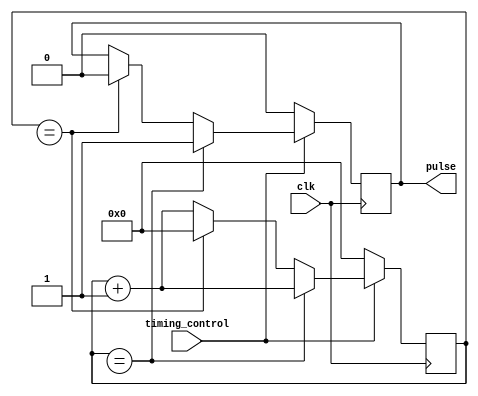
module SyncPulseGenerator (
    input clk,
    input timing_control,
    output reg pulse
);

reg [31:0] counter;

always @(posedge clk) begin
    if (timing_control) begin
        counter <= counter + 1;
        if (counter == required_pulse_width) begin
            pulse <= 1;
        end else if (counter == required_period) begin
            pulse <= 0;
            counter <= 0;
        end
    end else begin
        counter <= 0;
        pulse <= 0;
    end
end

endmodule